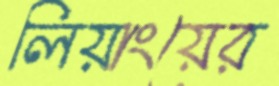
লিয়াংয়ের